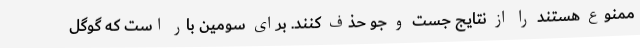
ممنوع هستند را از نتایج جست و جو حذف کنند. برای سومین بار است که گوگل